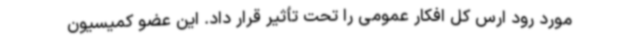
مورد رود ارس کل افکار عمومی را تحت تأثیر قرار داد. این عضو کمیسیون